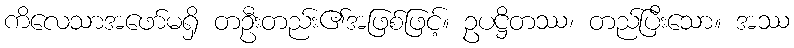
ကိလေသာအဖော်မရှိ တဦးတည်း၏အဖြစ်ဖြင့်။ ဥပဋ္ဌိတဿ၊ တည်ပြီးသော။ အဿ